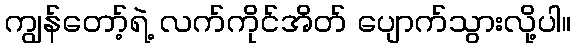
ကျွန်တော့်ရဲ့ လက်ကိုင်အိတ် ပျောက်သွားလို့ပါ။